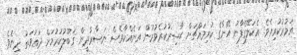
އަމުރުކުރިއެވެ. އެކަލޭގެފާނު އޭނާގެ ކުރިމައްޗަށް ޙާޟިރުކުރެވުމުން އަނެއްކާވެސް ނަޞާރާދީން ޤަބޫލުކުރުމަށް ދަޢުވަތު ދިނެވެ.